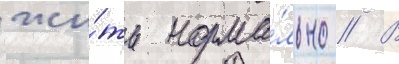
жи́ть норма́льно // В